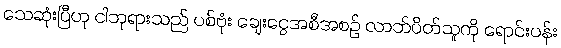
သေဆုံးပြီဟု ငါဘုရားသည် ပစ်ဗုံး ချေးငွေအစီအစဉ် လာဘ်ပိတ်သူကို ရောင်းပန်း